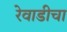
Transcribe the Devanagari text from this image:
रेवाडीचा